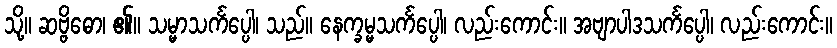
သို့။ ဆဗ္ဗိဓော၊ ၏။ သမ္မာသင်္ကပ္ပေါ၊ သည်။ နေက္ခမ္မသင်္ကပ္ပေါ၊ လည်းကောင်း။ အဗျာပါဒသင်္ကပ္ပေါ၊ လည်းကောင်း။